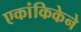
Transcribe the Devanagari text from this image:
एकांकिकेने